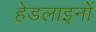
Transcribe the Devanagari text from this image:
हेडलाइनों